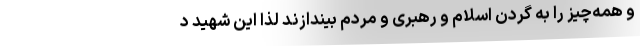
و همه‌چیز را به گردن اسلام و رهبری و مردم بیندازند لذا این شهید د